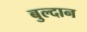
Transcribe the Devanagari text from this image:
बुल्दान